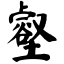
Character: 壑